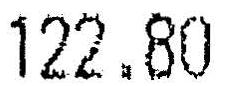
122.80